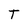
Character: T